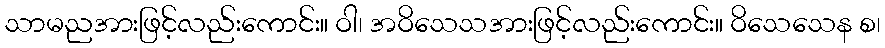
သာမညအားဖြင့်လည်းကောင်း။ ဝါ၊ အဝိသေသအားဖြင့်လည်းကောင်း။ ဝိသေသေန စ၊